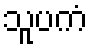
သူပကံ